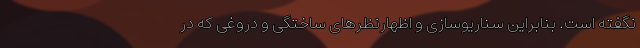
نگفته است. بنابراین سناریوسازی و اظهارنظرهای ساختگی و دروغی که در